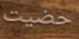
حضيت